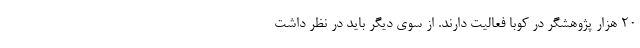
۲۰ هزار پژوهشگر در کوبا فعالیت دارند. از سوی دیگر باید در نظر داشت